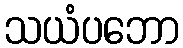
သယံပဘော